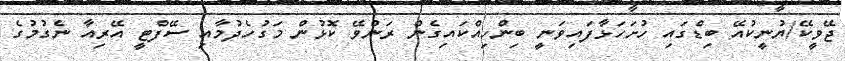
ޖޭވީކޭ/ޔުނީކުއޭ ބިޑްގައި ހުށަހަޅާފައިވަނީ ބިންހިއްކައިގެން ރަންވޭ ކޮޅުން މަގުހެދުމާއި ސޭފްޓީ އޭރިއާ ނެގުމުގެ